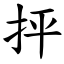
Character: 抨